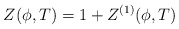
\begin{align*}Z(\phi ,T)=1+Z^{(1)}(\phi ,T) \end{align*}